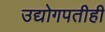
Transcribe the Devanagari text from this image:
उद्योगपतीही